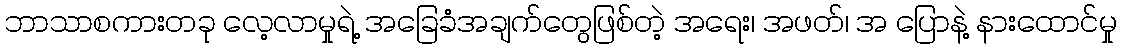
ဘာသာစကားတခု လေ့လာမှုရဲ့ အခြေခံအချက်တွေဖြစ်တဲ့ အရေး၊ အဖတ်၊ အ ပြောနဲ့ နားထောင်မှု